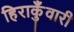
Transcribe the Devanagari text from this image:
हिराकुँवारी